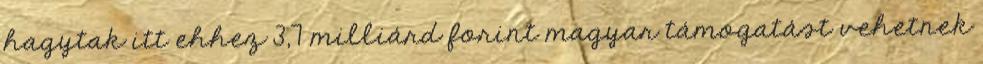
hagytak itt ehhez 3,7 milliárd forint magyar támogatást vehetnek